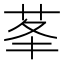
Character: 𦮧